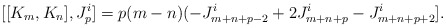
\begin{align*}[[K_{m}, K_{n}], J^i_{p}] = p (m - n) (-J^i_{m+ n + p -2} +2 J^i_{m + n + p} - J^i_{m +n + p +2}].\end{align*}